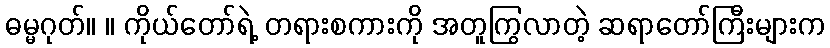
ဓမ္မဂုတ်။ ။ ကိုယ်တော်ရဲ့ တရားစကားကို အတူကြွလာတဲ့ ဆရာတော်ကြီးများက